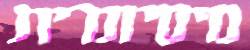
מיסיונרית